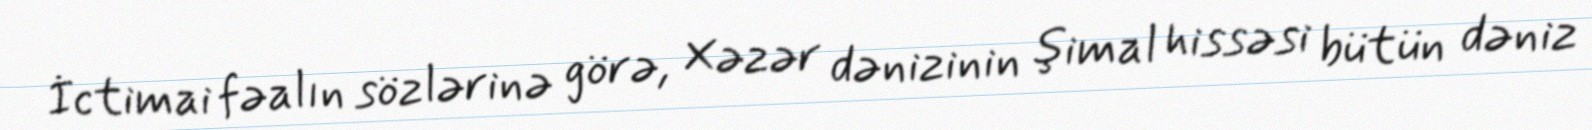
İctimai fəalın sözlərinə görə, Xəzər dənizinin şimal hissəsi bütün dəniz